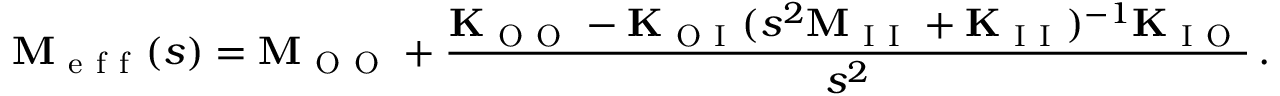
\mathbf { M } _ { \mathrm { ~ e ~ f ~ f ~ } } ( s ) = \mathbf { M } _ { \mathrm { ~ O ~ O ~ } } + \frac { \mathbf { K } _ { \mathrm { ~ O ~ O ~ } } - \mathbf { K } _ { \mathrm { ~ O ~ I ~ } } ( s ^ { 2 } \mathbf { M } _ { \mathrm { ~ I ~ I ~ } } + \mathbf { K } _ { \mathrm { ~ I ~ I ~ } } ) ^ { - 1 } \mathbf { K } _ { \mathrm { ~ I ~ O ~ } } } { s ^ { 2 } } \, .